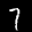
Label: 7